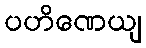
ပဟိဏေယျ